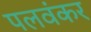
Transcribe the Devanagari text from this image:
पलवंकर